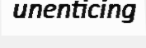
unenticing